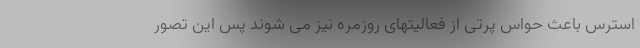
استرس باعث حواس پرتی از فعالیتهای روزمره نیز می شوند پس این تصور